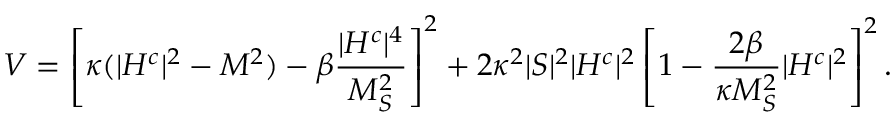
V = \left[ \kappa ( \vert H ^ { c } \vert ^ { 2 } - M ^ { 2 } ) - \beta \frac { \vert H ^ { c } \vert ^ { 4 } } { M _ { S } ^ { 2 } } \right] ^ { 2 } + 2 \kappa ^ { 2 } \vert S \vert ^ { 2 } \vert H ^ { c } \vert ^ { 2 } \left[ 1 - \frac { 2 \beta } { \kappa M _ { S } ^ { 2 } } \vert H ^ { c } \vert ^ { 2 } \right] ^ { 2 } .